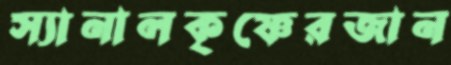
স্যানালকৃষ্ণেরজান